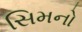
સિમનો